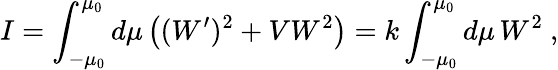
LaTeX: I=\int_{-\mu_{0}}^{\mu_{0}}d\mu\left((W^{\prime})^{2}+VW^{2}\right)=k\int_{-\mu_{0}}^{\mu_{0}}d\mu\, W^{2}\ ,